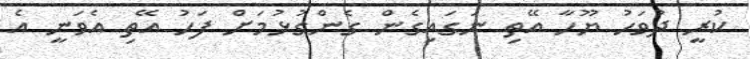
ކުރީ ދުވަހު ޔޫހާ އޭތި ނަގައިގެން ގެންގުޅުމަށް ފަހު އޭތި އެވަނީ އެ